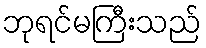
ဘုရင်မကြီးသည်